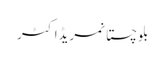
بلوچستانمریڈاکٹر